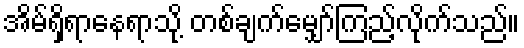
အိမ်ရှိရာနေရာသို့ တစ်ချက်မျှော်ကြည့်လိုက်သည်။